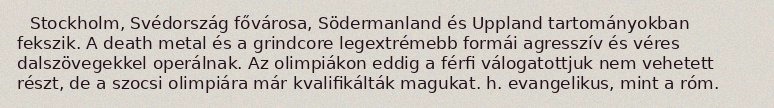
Stockholm, Svédország fővárosa, Södermanland és Uppland tartományokban fekszik. A death metal és a grindcore legextrémebb formái agresszív és véres dalszövegekkel operálnak. Az olimpiákon eddig a férfi válogatottjuk nem vehetett részt, de a szocsi olimpiára már kvalifikálták magukat. h. evangelikus, mint a róm.